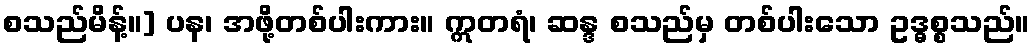
စသည်မိန့်။] ပန၊ အဖို့တစ်ပါးကား။ ဣတရံ၊ ဆန္ဒ စသည်မှ တစ်ပါးသော ဥဒ္ဓစ္စသည်။